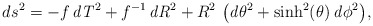
\begin{align*} ds^2 ={\displaystyle - f\,{\it dT}^2 + f^{-1}\,{\it dR}^2 + R^2\,\left({\it d\theta}^2 + \sinh^2(\theta)\, {\it d\phi}^2\right)},\end{align*}